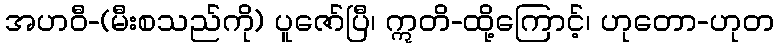
အဟဝီ-(မီးစသည်ကို) ပူဇော်ပြီ၊ ဣတိ-ထို့ကြောင့်၊ ဟုတော-ဟုတ